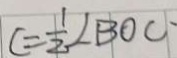
C = \frac { 1 } { 2 } \angle B O C